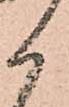
か